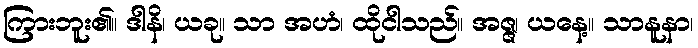
ကြားဘူး၏။ ဒါနိ၊ ယခု။ သာ အဟံ၊ ထိုငါသည်။ အဇ္ဇ၊ ယနေ့။ သာနူနာ၊